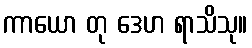
ကာယော တု ဒေဟ ရာသိသု။